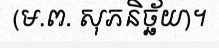
(ម.ព. សុភនិច្ឆ័យ)។